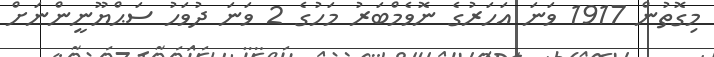
މިގޮތުން 1917 ވަނަ އަހަރުގެ ނޮވެމްބަރު މަހުގެ 2 ވަނަ ދުވަހު ސަޙްޔޫނީންނަށް